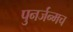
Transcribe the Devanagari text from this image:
पुनर्जन्मच